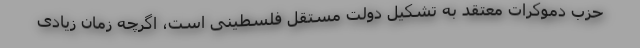
حزب دموکرات معتقد به تشکیل دولت مستقل فلسطینی است، اگرچه زمان زیادی